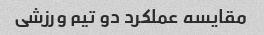
مقایسه عملکرد دو تیم ورزشی